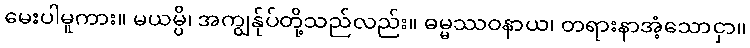
မေးပါမူကား။ မယမ္ပိ၊ အကျွန်ုပ်တို့သည်လည်း။ ဓမ္မဿဝနာယ၊ တရားနာအံ့သောငှာ။